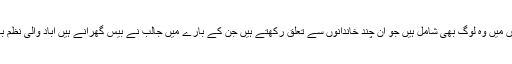
ان کے مشیروں میں وہ لوگ بھی شامل ہیں جو ان چند خاندانوں سے تعلق رکھتے ہیں جن کے بارے میں جالب ؔنے بیس گھرانے ہیں آباد والی نظم بھی لکھی تھی۔